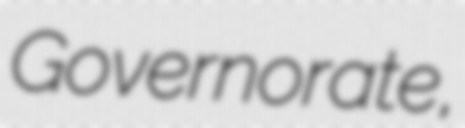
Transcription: Governorate,